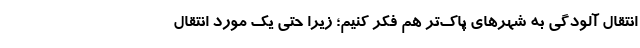
انتقال آلودگی به شهرهای پاک‌تر هم فکر کنیم؛ زیرا حتی یک مورد انتقال